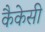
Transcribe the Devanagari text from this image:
कैकेसी